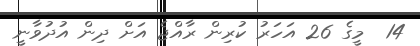
14  މީގެ 26 އަހަރު ކުރިން ރާއްޖެ އަށް ދިން އުދުވާނީ